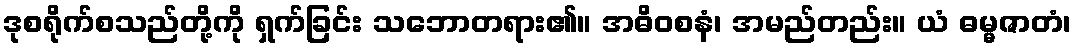
ဒုစရိုက်စသည်တို့ကို ရှက်ခြင်း သဘောတရား၏။ အဓိဝစနံ၊ အမည်တည်း။ ယံ ဓမ္မဇာတံ၊